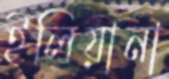
ইলিয়ানা